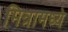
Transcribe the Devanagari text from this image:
मित्रामध्ये